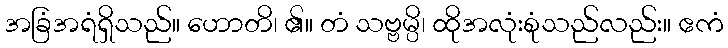
အခြံအရံရှိသည်။ ဟောတိ၊ ၏။ တံ သဗ္ဗမ္ပိ၊ ထိုအလုံးစုံသည်လည်း။ ဧကံ